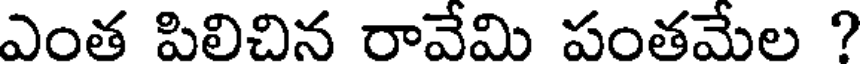
ఎంత పిలిచిన రావేమి పంతమేల ?